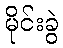
မိုင်းခွဲ